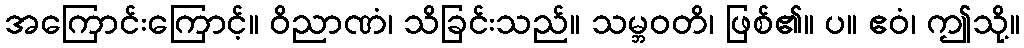
အကြောင်းကြောင့်။ ဝိညာဏံ၊ သိခြင်းသည်။ သမ္ဘဝတိ၊ ဖြစ်၏။ ပ။ ဧဝံ၊ ဤသို့။